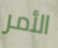
الأمر